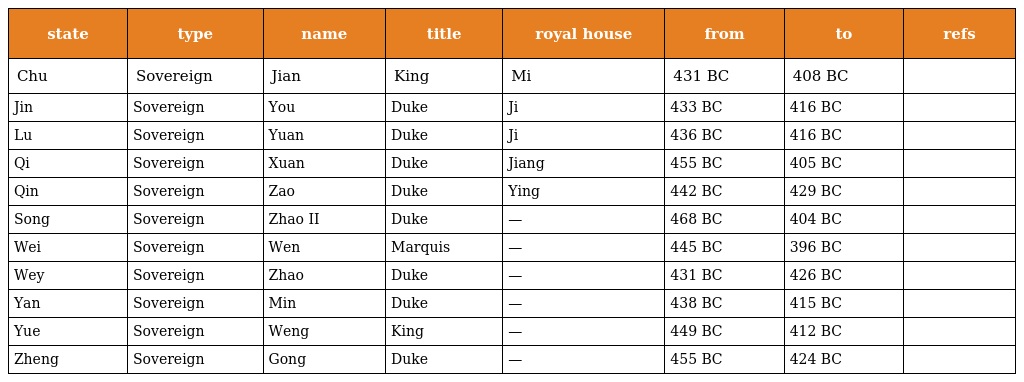
| state | type | name | title | royal house | from | to | refs |
 | --- | --- | --- | --- | --- | --- | --- | --- |
 | Chu | Sovereign | Jian | King | Mi | 431 BC | 408 BC |  |
 | Jin | Sovereign | You | Duke | Ji | 433 BC | 416 BC |  |
 | Lu | Sovereign | Yuan | Duke | Ji | 436 BC | 416 BC |  |
 | Qi | Sovereign | Xuan | Duke | Jiang | 455 BC | 405 BC |  |
 | Qin | Sovereign | Zao | Duke | Ying | 442 BC | 429 BC |  |
 | Song | Sovereign | Zhao II | Duke | — | 468 BC | 404 BC |  |
 | Wei | Sovereign | Wen | Marquis | — | 445 BC | 396 BC |  |
 | Wey | Sovereign | Zhao | Duke | — | 431 BC | 426 BC |  |
 | Yan | Sovereign | Min | Duke | — | 438 BC | 415 BC |  |
 | Yue | Sovereign | Weng | King | — | 449 BC | 412 BC |  |
 | Zheng | Sovereign | Gong | Duke | — | 455 BC | 424 BC |  |